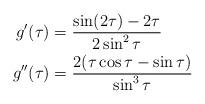
LaTeX: \begin{align*}g'(\tau)&= \frac{\sin(2\tau)-2\tau}{2\sin^2\tau}\\g''(\tau)&=\frac{2(\tau \cos \tau - \sin \tau)}{\sin^3 \tau}\end{align*}